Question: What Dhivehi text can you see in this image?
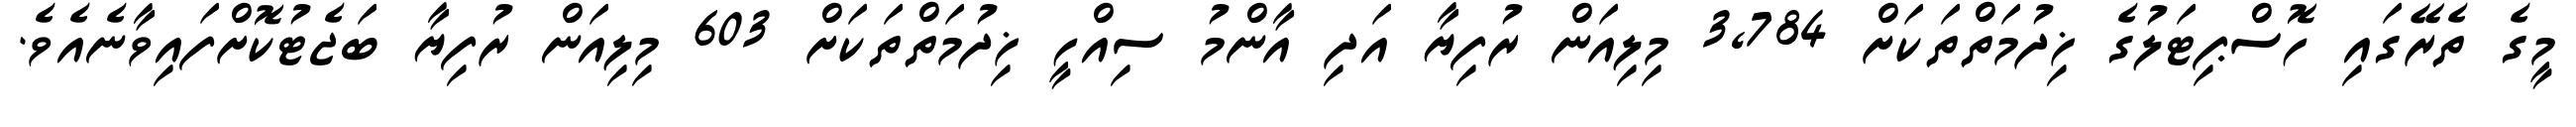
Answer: މީގެ ތެރޭގައި ހޮސްޕިޓަލުގެ ޚިދުމަތްތަކަށް 3,784 މިލިއަން ރުފިޔާ އަދި އާންމު ސިއްހީ ޚިދުމަތްތަކަށް 603 މިލިއަން ރުފިޔާ ބަޖެޓުކޮށްފައިވާނެއެވެ.